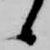
候